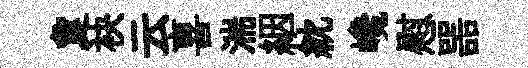
夐袂云喜湍絪紞巉慰噐